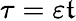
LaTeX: \tau=\varepsilon\mathfrak{t}